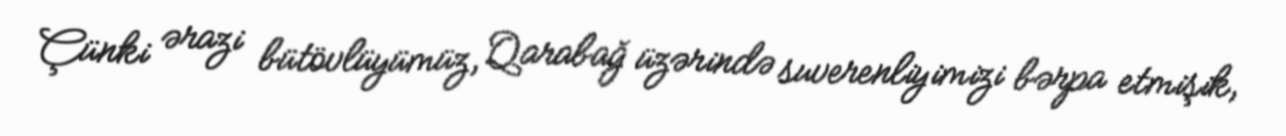
Çünki ərazi bütövlüyümüz, Qarabağ üzərində suverenliyimizi bərpa etmişik,